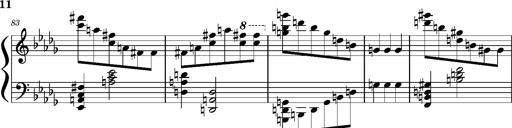
Title: Concerto sans orchestre, S.524a
Composer: Franz Liszt
Key: A major